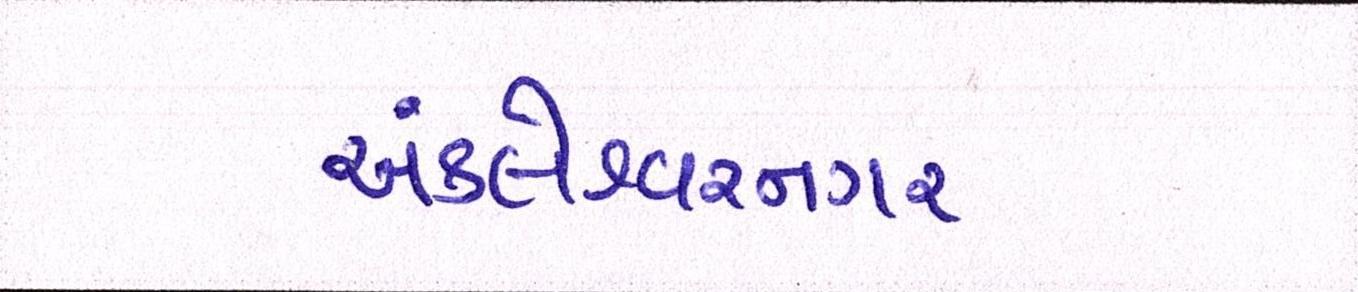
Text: અંકલેશ્વરનગર